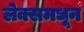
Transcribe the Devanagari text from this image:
लेक्समधून